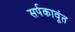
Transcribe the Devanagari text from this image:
सर्पकावूंत